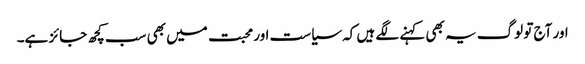
اور آج تو لوگ یہ بھی کہنے لگے ہیں کہ سیاست اور محبت میں بھی سب کچھ جائز ہے۔